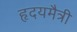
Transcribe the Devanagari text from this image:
हृदयमैत्री